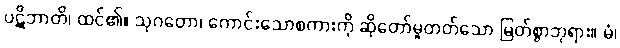
ပဋိဘာတိ၊ ထင်၏။ သုဂတော၊ ကောင်းသောစကားကို ဆိုတော်မူတတ်သော မြတ်စွာဘုရား။ မံ၊